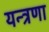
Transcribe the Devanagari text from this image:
यन्त्रणा